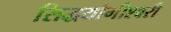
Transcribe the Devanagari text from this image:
सिद्धयोगीश्वरी